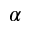
\alpha